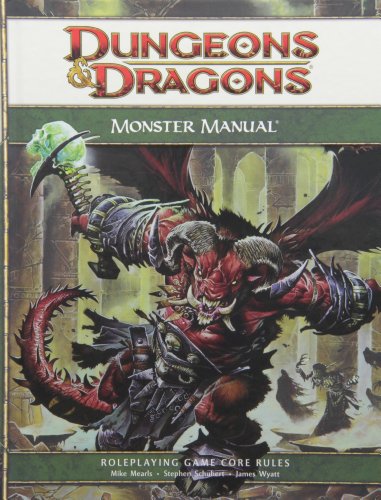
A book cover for Dungeons & Dragons Monster Manual: Roleplaying Game Core Rules, 4th Edition; Mike Mearls; Science Fiction & Fantasy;